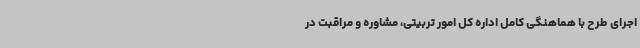
اجرای طرح با هماهنگی کامل اداره کل امور تربیتی، مشاوره و مراقبت در